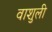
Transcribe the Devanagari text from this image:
वाशुली